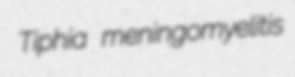
Tiphia meningomyelitis